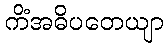
ကိံအဓိပတေယျာ